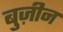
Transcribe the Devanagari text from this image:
बुज़ीन